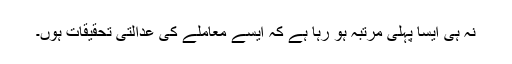
نہ ہی ایسا پہلی مرتبہ ہو رہا ہے کہ ایسے معاملے کی عدالتی تحقیقات ہوں۔